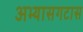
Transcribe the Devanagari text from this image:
अभ्यासगटास